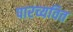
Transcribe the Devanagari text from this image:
पारच्यवित